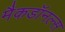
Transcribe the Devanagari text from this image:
मैकडॉनल्स